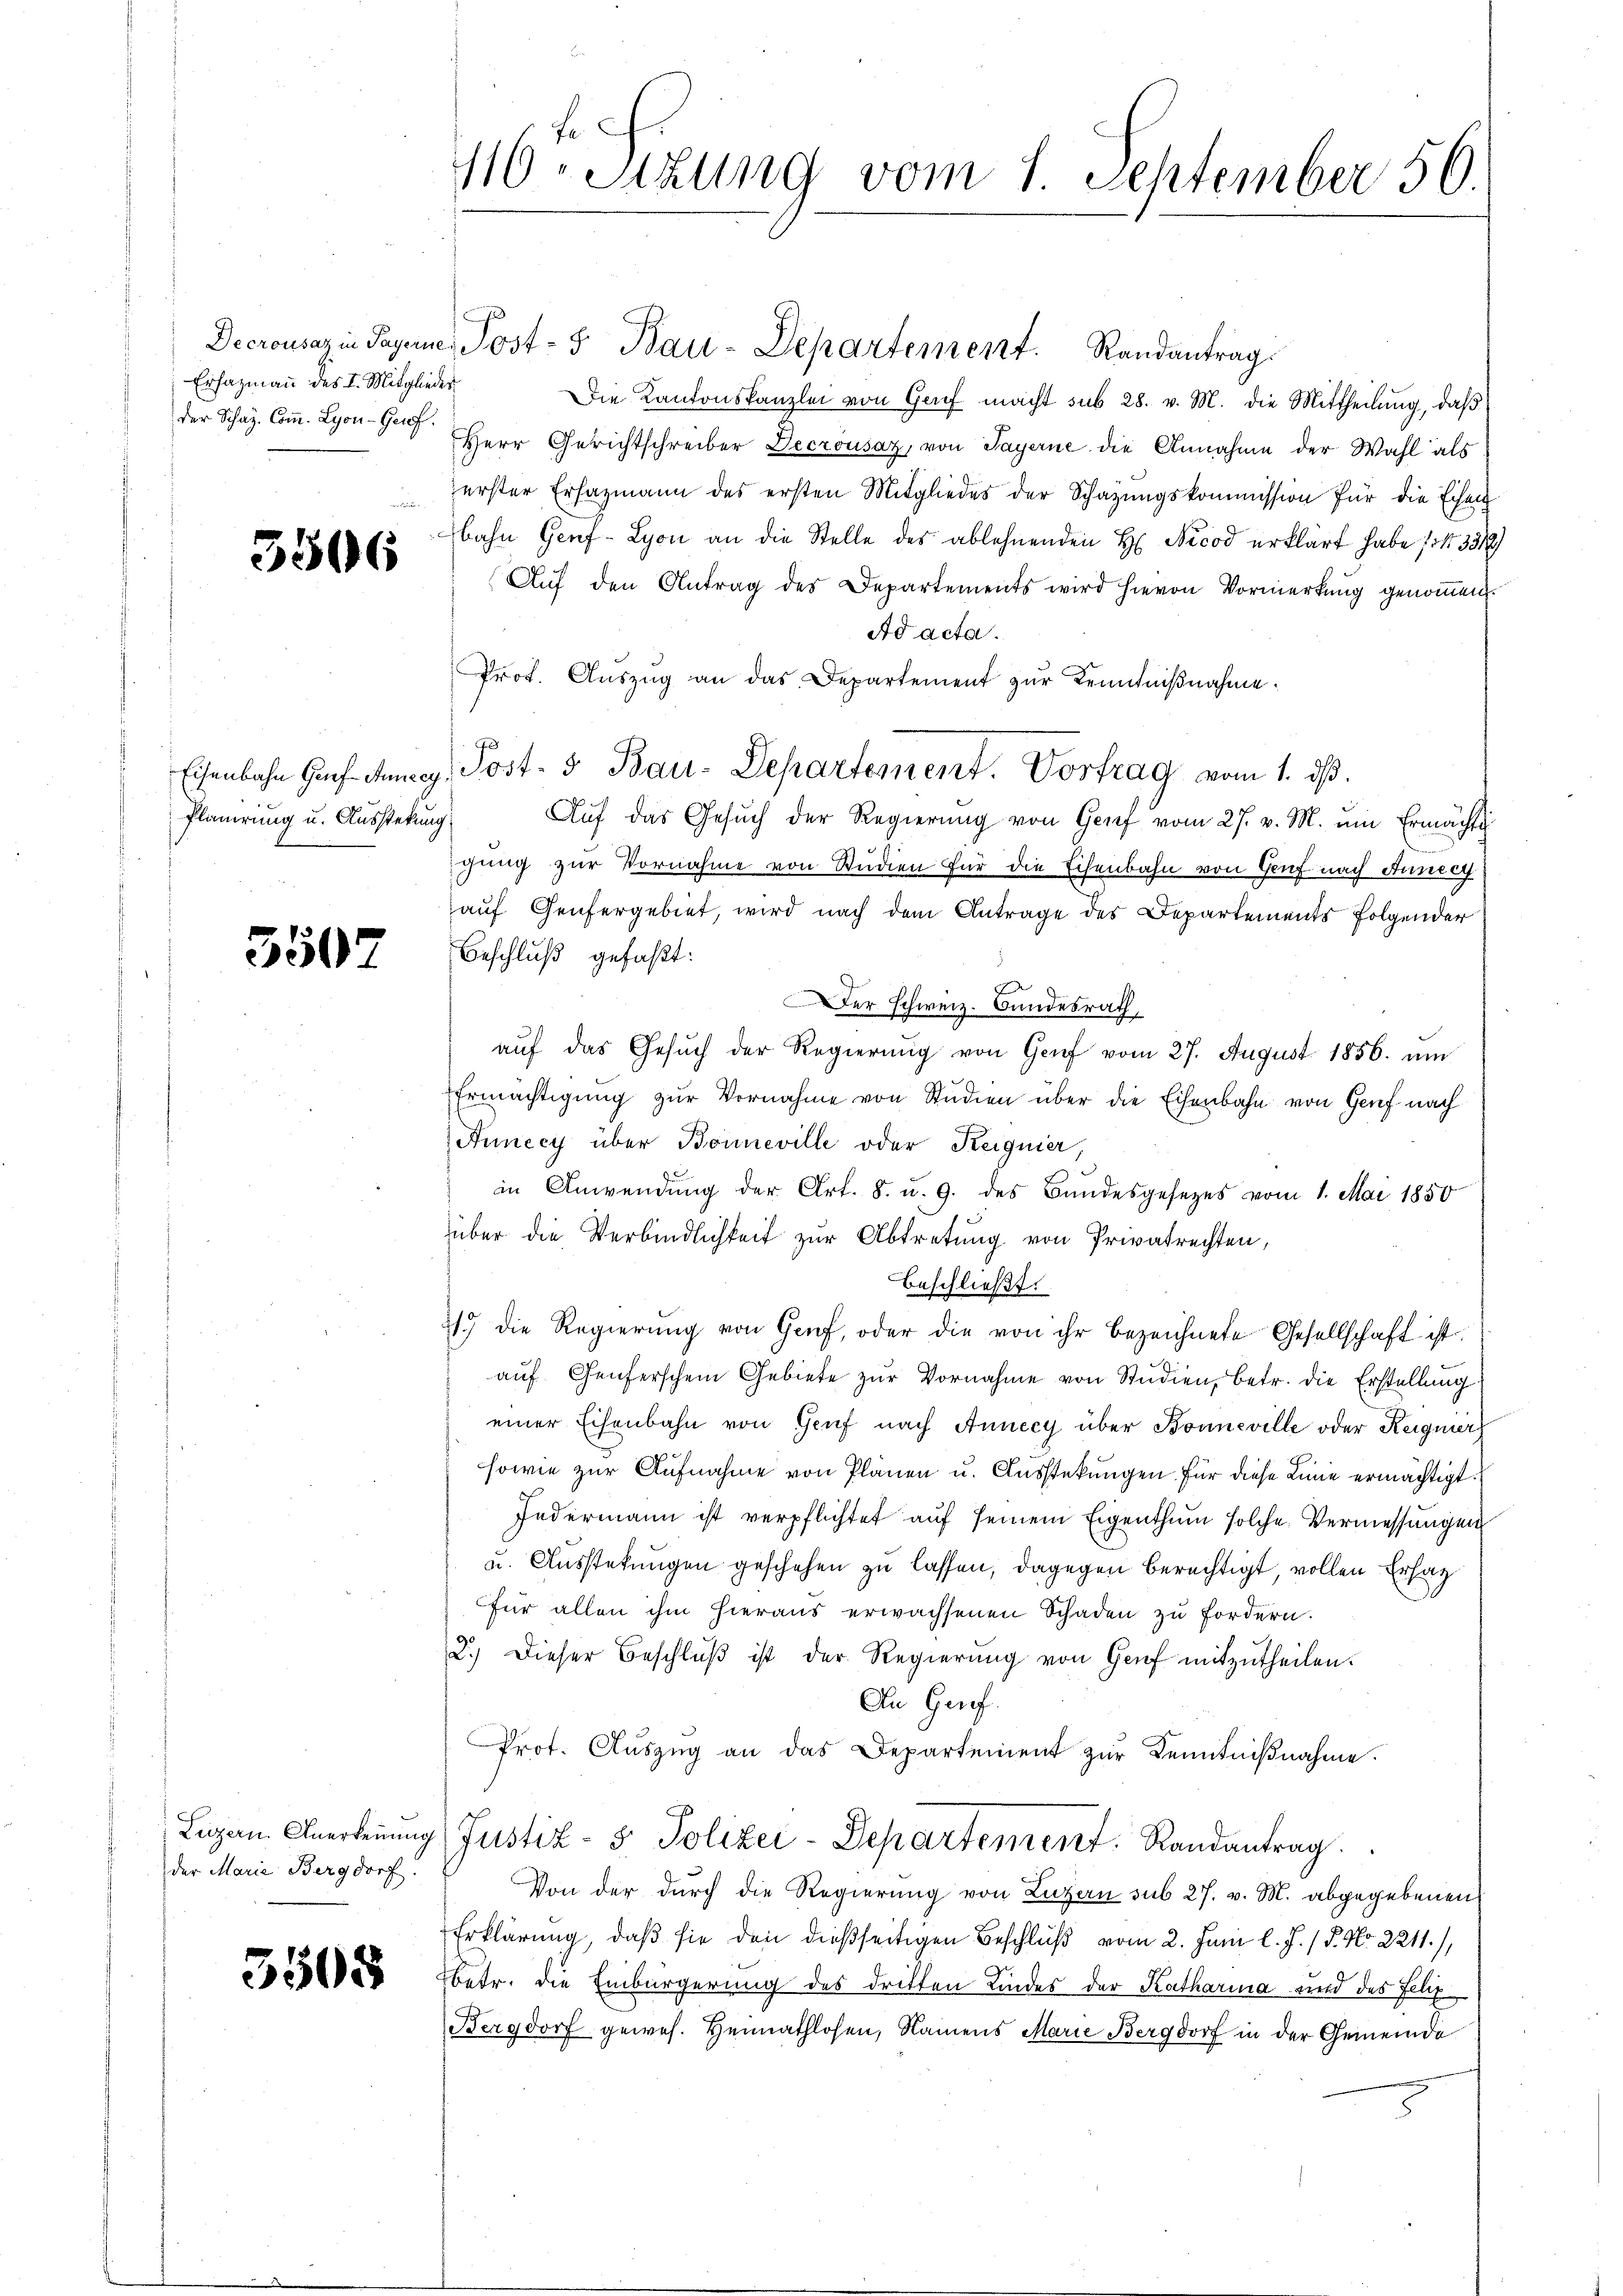
Erhazmann des I. Mitglieder
der Schaz Comm. Lyon - Genf.

3506

Planirung u. Ausstekung

3507

der Marie Bergdorf.

3508

Decrousaz in Tagene Post- & Bau-Departement. Randantrag
Die Kantonskanzlei von Genf macht sub 28. v. M. die Mittheilŭng, daβ
Herr Gerichtschreiber Decrousaz, von Payerne die Annahme der Wahl als
erster Ersazmann des ersten Mitgliedes der Schazungskommission für die Eisen
bahn Genf- Lyon an die Stelle des ablehnenden H. Nicod erklärt habe (i 3319)
Aŭf den Antrag des Departements wird hievon Vormerkung genommen.
Ad acta.
Prot. Aŭszŭg an das Departement zŭr Kenntniβnahme.
J
Aŭf das Gesŭch der Regierŭng von Genf vom 27. v. M. um Ermächti
gung zur Vornahme von Studien für die Eisenbahn von Genf nach Annect
auf Genfergebiet, wird nach dem Antrage des Departements folgender
Beschluß gefaßt:
Der Schweiz. Bundesrath,
auf das Gesuch der Regierung von Genf vom 27. August 1856. um
Ermächtigung zŭr Vornahme von Studien über die Eisenbahn von Genf nach
Aunecy über Bonneville oder Reignier,
in Anwendung der Art. 8. u. 9. des Bundesgesetzes vom 1. Mai 1850
über die Verbindlichkeit zur Abtretung von Privatrechten,
beschließt:
21. die Regierŭng von Genf, oder die von ihr bezeichnete Gesellschaft ist.
aŭf Genferschen Gebiete zŭr Vornahme von Studien, betr. die Erstellung
einer Eisenbahn von Genf nach Annecy über Bonneville oder Reignier
sowie zur Aufnahme von Plänen u. Ausstekungen. Für diese Linie ermächtigt.
Jedermann ist verpflichtet auf seinem Eigenthum solche Vermessungen
u. Ausstekungen geschehen zu lassen, dagegen berechtigt, vollen Ersatz
für allen ihm hieraus erwachsenen Schaden zu fordern.
2.) Dieser Beschluß ist der Regierung von Genf mitzutheilen.
An Genf.
Prot. Auszug an das Departement zur Kenntnißnahme.
Legen. Anerkennung Justiz- & Polizei-Departement. Randantrag.
Von der durch die Regierung von Luzern sub 27. v. M. abgegebenen
Erklärung, daß sie den dießseitigen Beschluß vom 2. Juni l. J. / 5. No. 2211),
betr. die Einbürgerung des dritten Kindes der Katharina und des Ellz
Bergdorf gewes. Heimathlosen, Namens Marie Bergdorf in der Gemeinde

110 Stzung vom 1. September 56.

Eisenbahn Genf ducey, Jost- & Bau-Departement. Vortrag vom 1. dß.